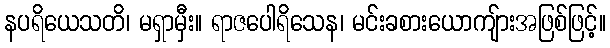
နပရိယေသတိ၊ မရှာမှီး။ ရာဇပေါရိသေန၊ မင်းခစားယောကျ်ားအဖြစ်ဖြင့်။